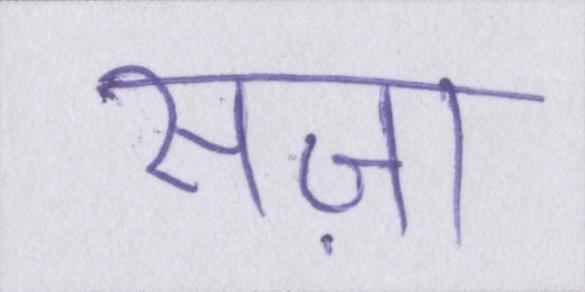
सज़ा